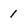
Character: 1